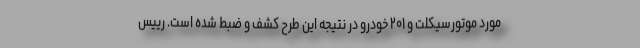
مورد موتورسیکلت و ۲۰۱ خودرو در نتیجه این طرح کشف و ضبط شده است. رییس